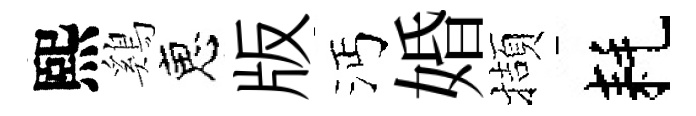
熙鷄恵版沔婚擷耗